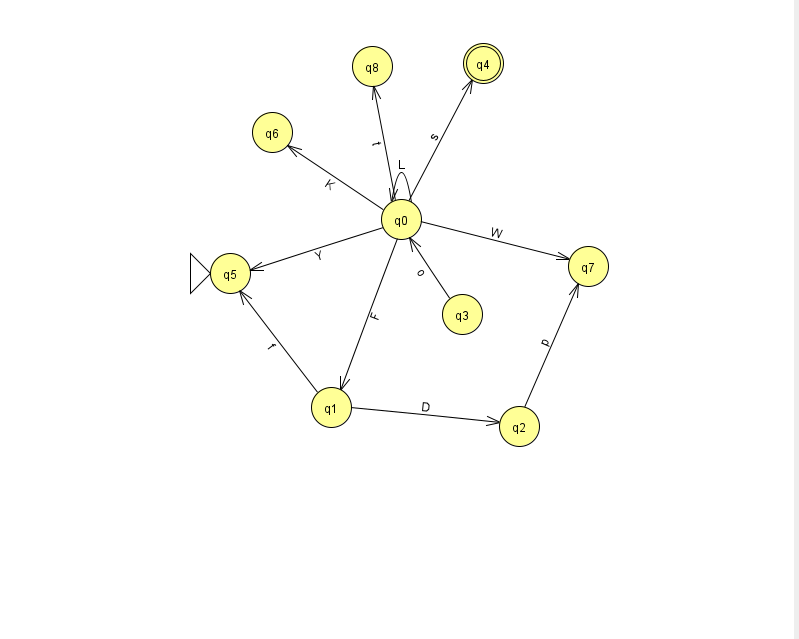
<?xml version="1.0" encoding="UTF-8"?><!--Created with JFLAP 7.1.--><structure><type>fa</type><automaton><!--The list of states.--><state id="0" name="q0"><x>401.0</x><y>206.0</y></state><state id="1" name="q1"><x>331.0</x><y>394.0</y></state><state id="2" name="q2"><x>519.0</x><y>413.0</y></state><state id="3" name="q3"><x>462.0</x><y>301.0</y></state><state id="4" name="q4"><x>483.0</x><y>50.0</y><final/></state><state id="5" name="q5"><x>230.0</x><y>260.0</y><initial/></state><state id="6" name="q6"><x>272.0</x><y>119.0</y></state><state id="7" name="q7"><x>588.0</x><y>253.0</y></state><state id="8" name="q8"><x>372.0</x><y>53.0</y></state><!--The list of transitions.--><transition><from>0</from><to>6</to><read>K</read></transition><transition><from>0</from><to>7</to><read>W</read></transition><transition><from>2</from><to>7</to><read>p</read></transition><transition><from>1</from><to>5</to><read>f</read></transition><transition><from>3</from><to>0</to><read>o</read></transition><transition><from>0</from><to>8</to><read>t</read></transition><transition><from>1</from><to>2</to><read>D</read></transition><transition><from>0</from><to>0</to><read>L</read></transition><transition><from>0</from><to>4</to><read>s</read></transition><transition><from>0</from><to>1</to><read>F</read></transition><transition><from>0</from><to>5</to><read>Y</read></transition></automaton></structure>